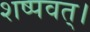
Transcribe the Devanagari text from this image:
शष्पवत्‌।